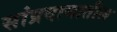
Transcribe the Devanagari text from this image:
सांप्रदायातील